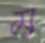
ম